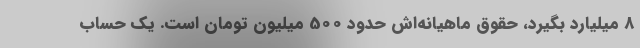
8 میلیارد بگیرد، حقوق ماهیانه‌اش حدود 500 میلیون تومان است. یک حساب